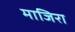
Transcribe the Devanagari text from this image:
माजिरा